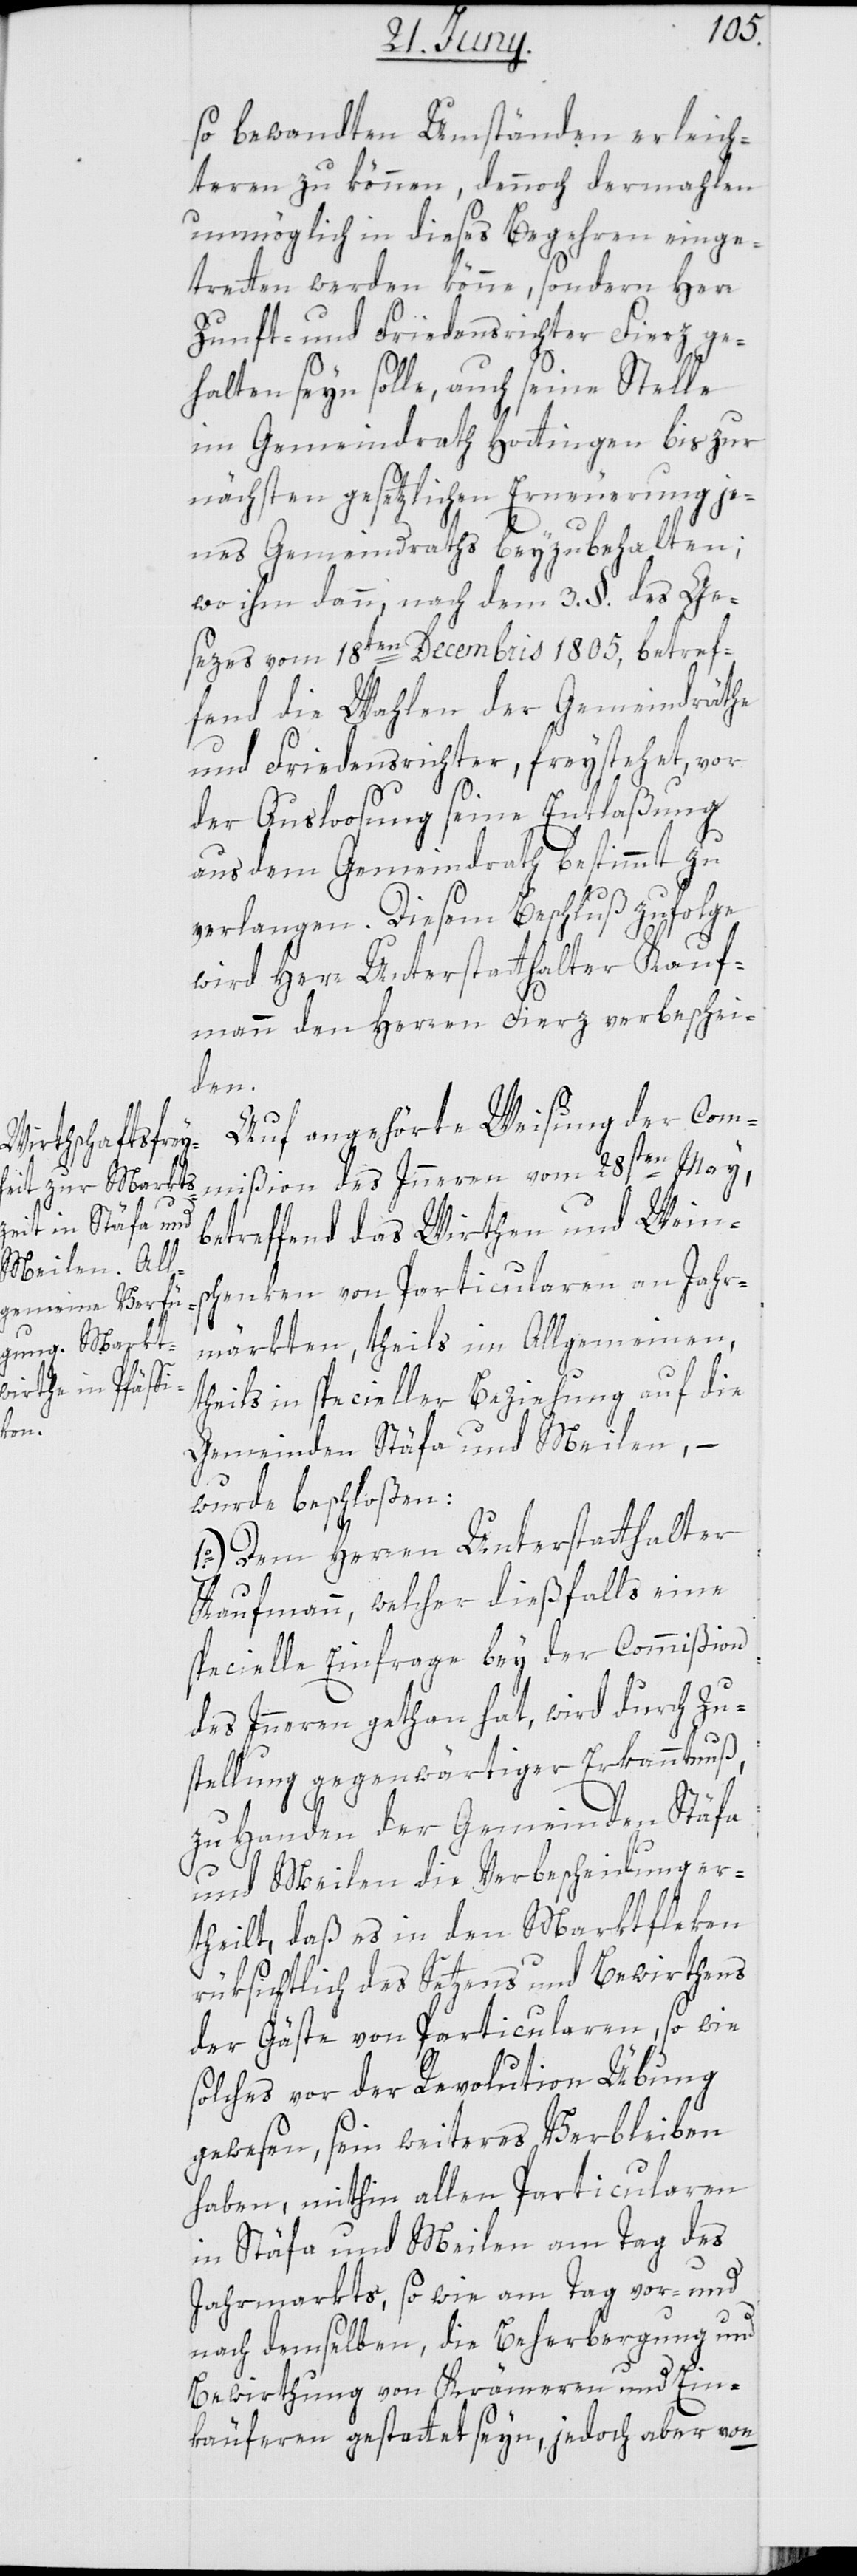
von

so bewandten Umständen erleich¬
teren zu können, dennoch dermahlen
unmöglich in dieses Begehren einge¬
tretten werden könne, sondern Herr
Zunft- und Friedensrichter Fierz ge¬
halten seyn solle, auch seine Stelle
im Gemeindrath Hottingen bis zur
nächsten gesetzlichen Erneuerung je¬
nes Gemeindraths beyzubehalten;
wo ihm dann nach dem 3. §. des Ge¬
sezes vom 18ten Decembris 1805, betref¬
fend die Wahlen der Gemeindräthe
und Friedensrichter, freystehet, vor
der Ausloosung seine Entlaßung
aus dem Gemeindrath bestimmt zu
verlangen. Diesem Beschluß zufolge
wird Herr Unterstatthalter Kauf¬
mann den Herren Fierz verbeschei¬
der
Auf angehörte Weisung der Com¬
mißion des Innern vom 28sten May,
betreffend das Wirthen und Wein¬
schenken von Particularen an Jahr¬
märkten, theils im Allgemeinen,
theils in specieller Beziehung auf die
Gemeinden Stäfa und Meilen, –
wurde beschloßen:
1o). Dem Herren Unterstatthalter
Kaufmann, welcher dießfalls eine
specielle Einfrage bey der Commißion
des Innern gethan hat, wird durch Zu¬
stellung gegenwärtiger Erkanntnuß,
zu Handen der Gemeinden Stäfa
und Meilen die Verbscheidung er¬
theilt, daß es in den Marktfleken
rüksichtlich des Setzens und Bewirthens
solches vor der Revolution Übung
gewesen, sein weiteres Verbleiben
haben, mithin allen Particularen
in Stäfa und Meilen am Tag des
Jahrmarkts, so wie am Tag vor- und
nach demselben, die Beherbergung und
Bewirthung von Krämeren und Ein¬
käuferen gestattet seyn, jedoch aber von